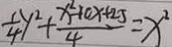
\frac { 1 } { 4 } y ^ { 2 } + \frac { x ^ { 2 } + 1 0 x + 2 5 } { 4 } = x ^ { 2 }